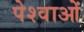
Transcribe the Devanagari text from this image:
पेश्वाओं